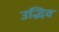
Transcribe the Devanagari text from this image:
उद्भिव